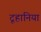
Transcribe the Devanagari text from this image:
टूहानिया